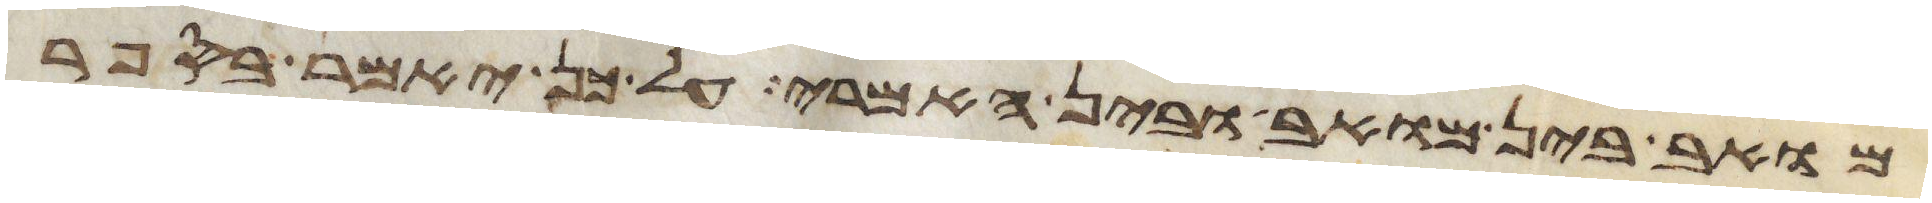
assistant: מואב בין מואב ובין האמרי על כן יאמר בספר